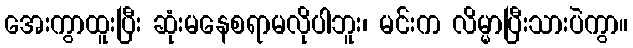
အေးကွာထူးပြီး ဆုံးမနေစရာမလိုပါဘူး၊ မင်းက လိမ္မာပြီးသားပဲကွာ။